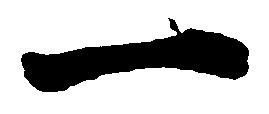
一